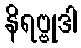
နိရဗ္ဗုဒါ